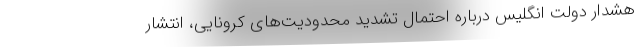
هشدار دولت انگلیس درباره احتمال تشدید محدودیت‌های کرونایی، انتشار